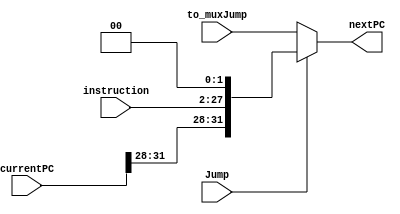
module BranchModule(to_muxJump, instruction, currentPC, Jump, nextPC);
// intialize
	input Jump;
	input [31:0] to_muxJump;
	input [25:0] instruction;
	input [31:0] currentPC;
	
	wire [27:0] instruction2;
	wire [27:0] instruction3;
	wire [31:0] JumpAddress;
	output reg [31:0] nextPC;
	
	assign instruction2 = {{2{1'b0}}, instruction};
	assign instruction3 = {instruction2 << 2};
	assign JumpAddress = {currentPC[31:28], instruction3};
	
	always @(to_muxJump, currentPC, instruction, Jump) begin
		if(Jump) begin 
			nextPC <= JumpAddress;
		end
		else begin
			nextPC <= to_muxJump;
		end
	end
	
endmodule